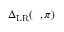
{ \Delta } _ { \mathrm { L R } } ( { \it \Delta \phi } , \pi )